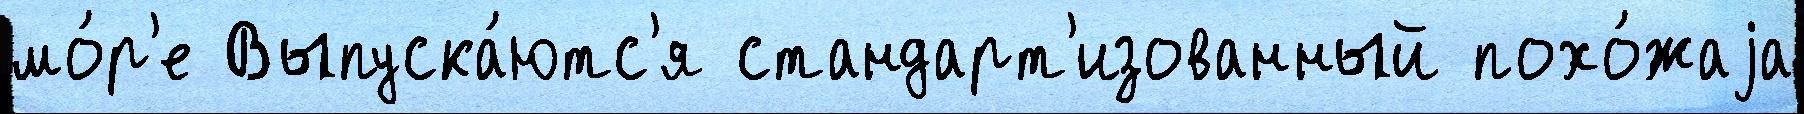
мо́р'е Выпуска́ютс'я стандарт'изованный похо́жаjа